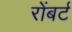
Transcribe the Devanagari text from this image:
रोंबर्ट